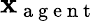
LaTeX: \mathbf{x}_{\mathrm{~a~g~e~n~t~}}